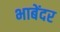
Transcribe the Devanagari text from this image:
भाबेंदर